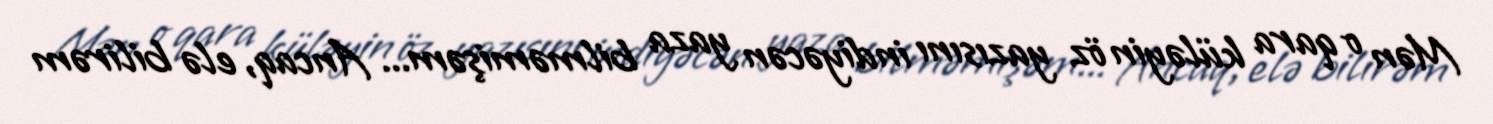
Mən o qara küləyin öz yazısını indiyəcən yaza bilməmişəm... Ancaq, elə bilirəm